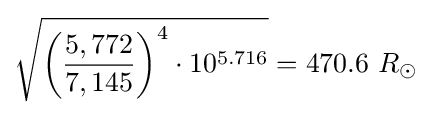
{\sqrt {{\biggl (}{\frac {5,772}{7,145}}{\biggr )}^{4}\cdot 10^{5.716}}}=470.6\ R_{\odot }